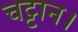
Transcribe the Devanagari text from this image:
चट्टान।